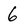
Character: 6